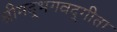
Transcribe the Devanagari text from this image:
श्रीमद्‍भगवद्‍गीता